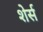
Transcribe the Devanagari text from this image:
शेर्स